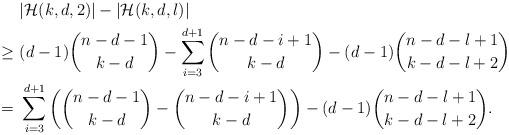
LaTeX: \begin{align*}&\ |\mathcal H(k,d,2)|-|\mathcal H(k,d,l)| \\\geq &\ (d-1)\binom{n-d-1}{k-d}-\sum_{i=3}^{d+1}\binom{n-d-i+1}{k-d}-(d-1)\binom{n-d-l+1}{k-d-l+2}\\= &\ \sum_{i=3}^{d+1}\left(\binom{n-d-1}{k-d}-\binom{n-d-i+1}{k-d}\right)-(d-1)\binom{n-d-l+1}{k-d-l+2}.\end{align*}